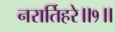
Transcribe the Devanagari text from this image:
नरार्तिहरे॥१॥